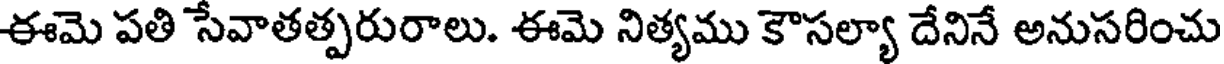
ఈమె పతి సేవాతత్పరురాలు. ఈమె నిత్యము కౌసల్యా దేనినే అనుసరించు